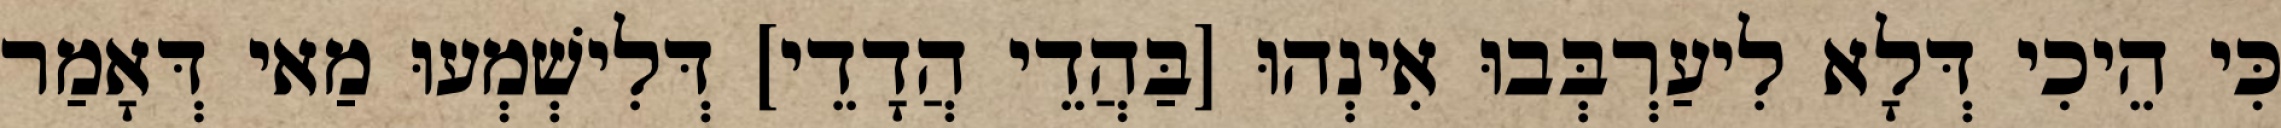
כִּי הֵיכִי דְּלָא לִיעַרְבְּבוּ אִינְהוּ [בַּהֲדֵי הֲדָדֵי] דְּלִישְׁמְעוּ מַאי דְּאָמַר